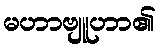
မဟာဗျူဟာ၏